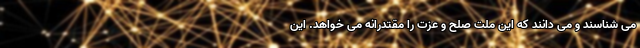
می شناسند و می دانند که این ملت صلح و عزت را مقتدرانه می خواهد. این